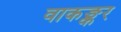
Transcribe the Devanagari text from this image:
वाकङ्कर